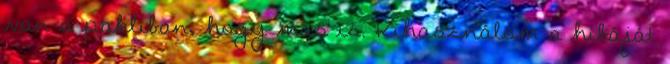
van a pakliban, hogy más is. Kihasználom a hibáját